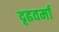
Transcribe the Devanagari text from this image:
दृढवर्मा